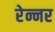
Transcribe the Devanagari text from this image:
रेन्नर